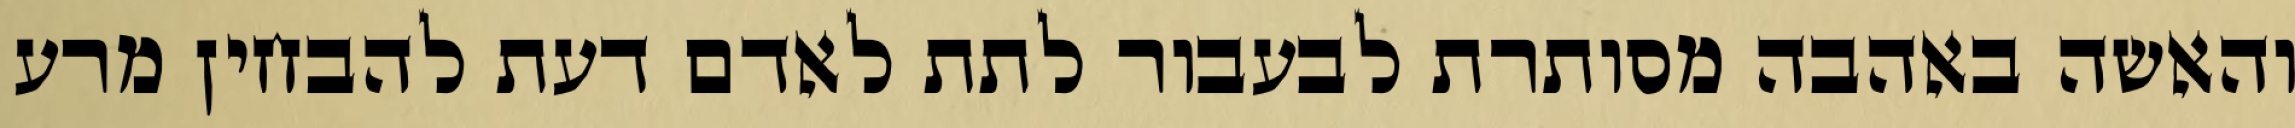
והאשה באהבה מסותרת לבעבור לתת לאדם דעת להבחין מרע